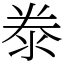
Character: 𣳾